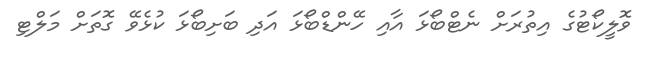
ވޮލީކޯޓުގެ އިތުރަށް ނެޓްބޯޅަ އާއި ހޭންޑްބޯޅަ އަދި ބަށިބޯޅަ ކުޅެވޭ ގޮތަށް މަލްޓި